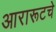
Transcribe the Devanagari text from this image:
आरारूटचे